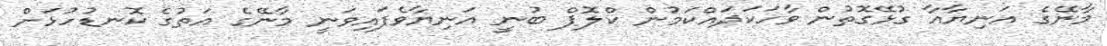
މާނޭގެ އަނިޔާއާ ގުޅޭގޮތުން ވާހަކަދައްކަމުން ކްލޮޕް ބުނީ އަނިޔާވެފައިވަނީ މާނޭގެ އަތުގެ ކޮނޑުހުޅަށް